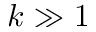
k \gg 1